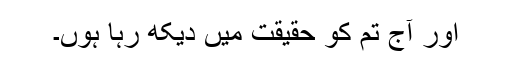
اور آج تم کو حقیقت میں دیکھ رہا ہوں۔